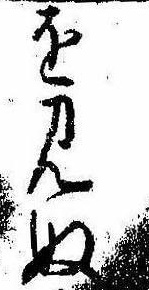
を見ぬ